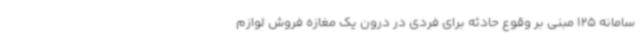
سامانه 125 مبنی بر وقوع حادثه برای فردی در درون یک مغازه فروش لوازم